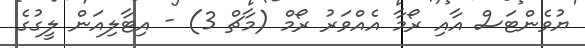
ޔުވެންޓަސް އާއި ރޯމާ އެއްވަރު ރޯމް (މާޗް 3) - އިޓާލިއަން ލީގުގެ